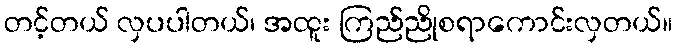
တင့်တယ် လှပပါတယ်၊ အထူး ကြည်ညိုစရာကောင်းလှတယ်။